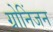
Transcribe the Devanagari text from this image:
ग्रोनिंजन